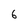
Character: 6